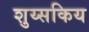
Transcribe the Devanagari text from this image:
शुय्सकिय